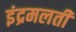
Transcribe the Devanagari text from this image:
इंद्रमलती